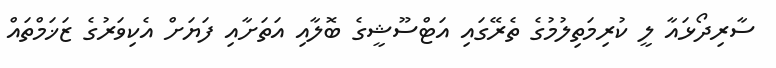
ސާރިދޯޅައާ ލީ ކުރިމަތިލުމުގެ ތެރޭގައި އަޓްސޫޝީގެ ބޮލާއި އަތަށާއި ފަޔަށް އެކިވަރުގެ ޒަޚަމްތައް